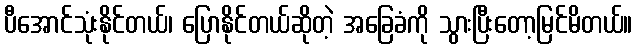
ပီအောင်သုံးနိုင်တယ်၊ ပြောနိုင်တယ်ဆိုတဲ့ အခြေခံကို သွားပြီးတော့မြင်မိတယ်။